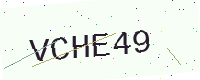
Text: VCHE49